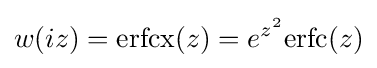
w(iz)=\mathrm {erfcx} (z)=e^{z^{2}}\mathrm {erfc} (z)